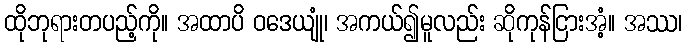
ထိုဘုရားတပည့်ကို။ အထာပိ ဝဒေယျုံ၊ အကယ်၍မူလည်း ဆိုကုန်ငြားအံ့။ အဿ၊